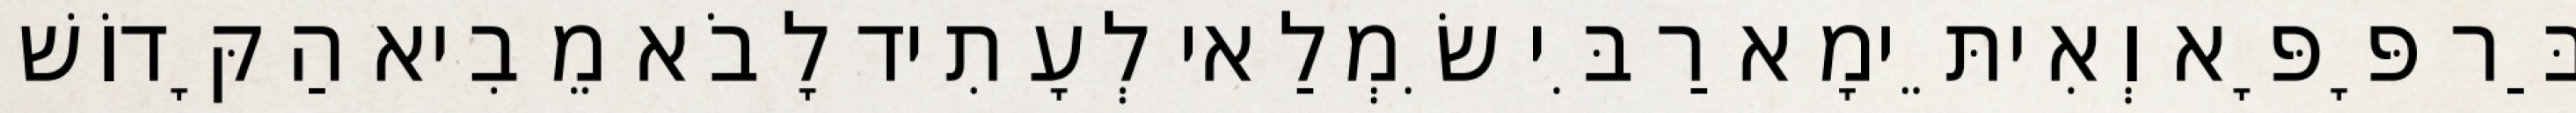
בַּר פָּפָּא וְאִיתֵּימָא רַבִּי שִׂמְלַאי לְעָתִיד לָבֹא מֵבִיא הַקָּדוֹשׁ